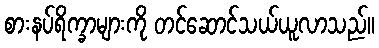
စားနပ်ရိက္ခာများကို တင်ဆောင်သယ်ယူလာသည်။